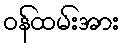
ဝန်ထမ်းအား